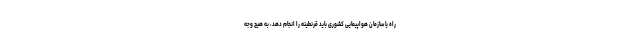
راه یا سازمان هواپیمایی کشوری باید قرنطینه را انجام دهد، به هیچ وجه